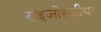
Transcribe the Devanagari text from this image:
राइजोस्फीयर